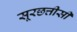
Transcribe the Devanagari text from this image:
सूरछत्तीसी